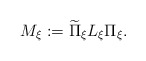
\begin{align*}M_\xi:=\widetilde{\Pi}_\xi L_\xi\Pi_\xi.\end{align*}